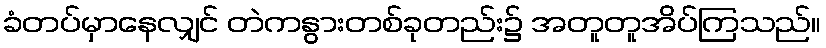
ခံတပ်မှာနေလျှင် တဲကနွားတစ်ခုတည်း၌ အတူတူအိပ်ကြသည်။